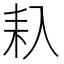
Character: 𠓩